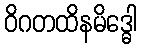
ဝိဂတထိနမိဒ္ဓေါ